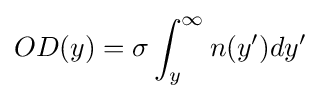
OD(y)=\sigma \int _{y}^{\infty }n(y^{\prime })dy^{\prime }